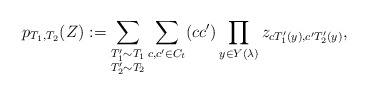
\begin{align*}p_{T_1,T_2}(Z):=\sum_{\substack{T_1' \sim T_1 \\T_2' \sim T_2}} \sum_{c,c' \in C_{t}} (cc')\prod_{y \in Y(\lambda)} z_{c T_1'(y),c'T_2'(y)},\end{align*}